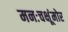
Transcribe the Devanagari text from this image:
मनःचक्षूंमोर